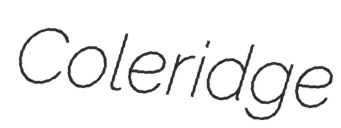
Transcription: Coleridge